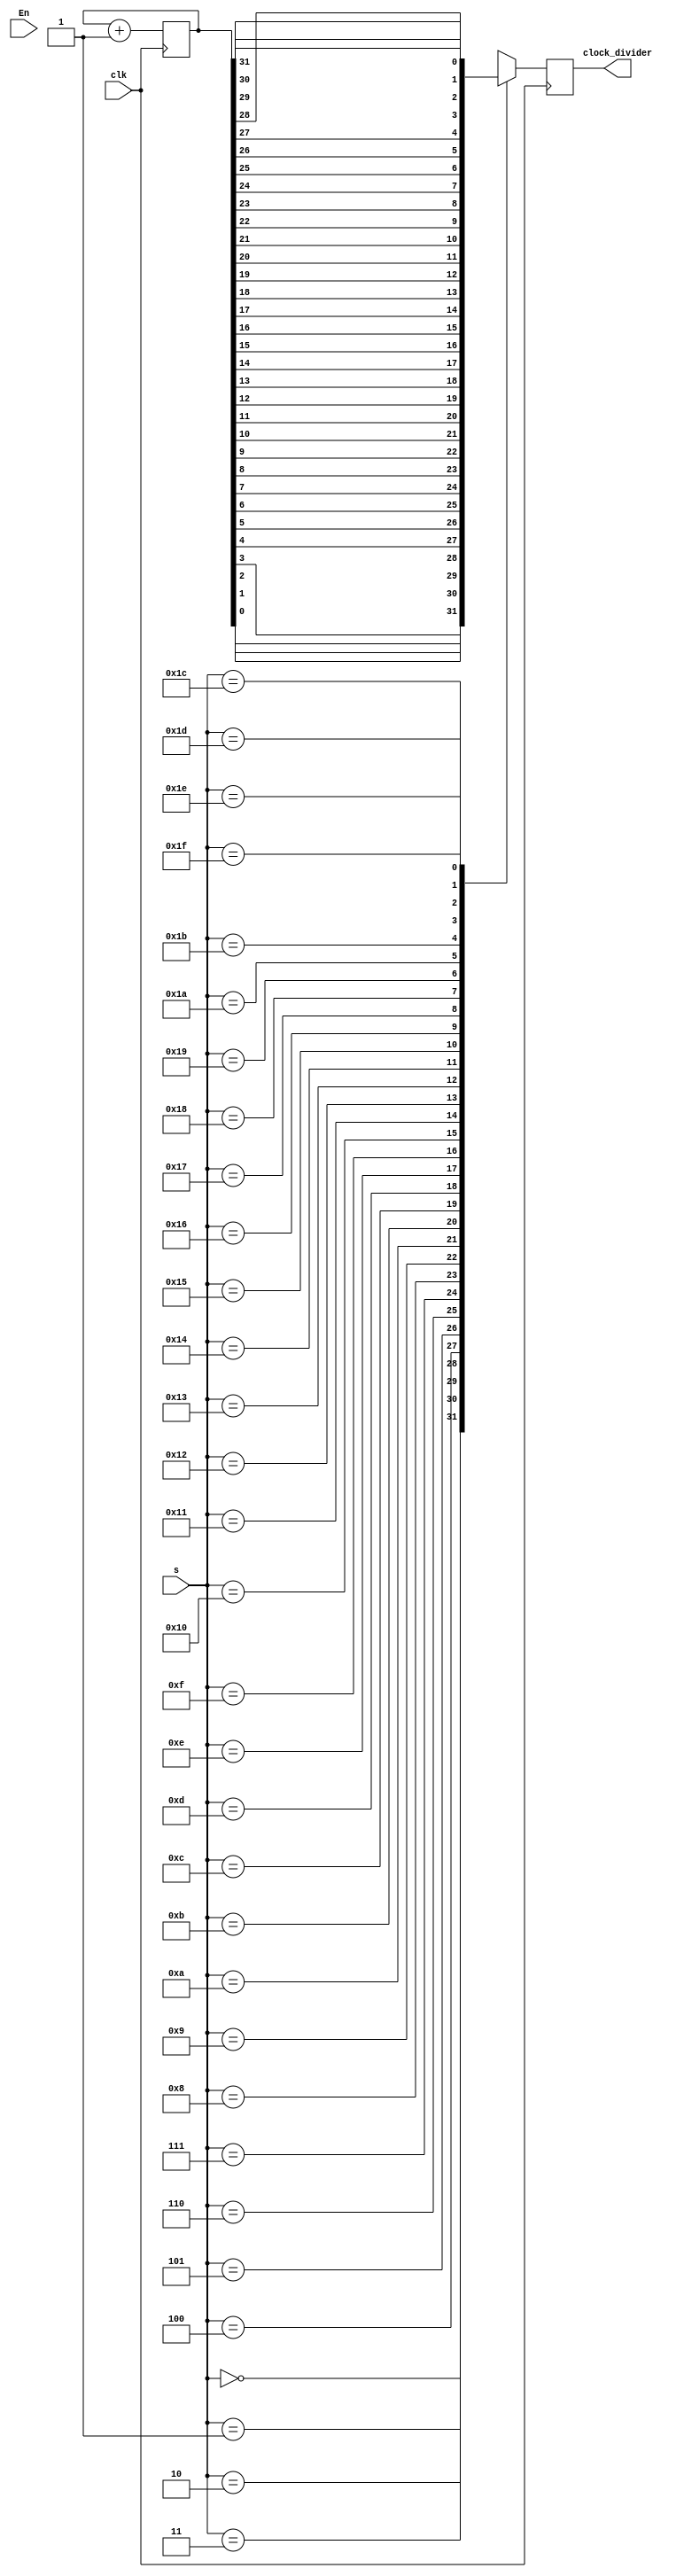
`timescale 1ns / 1ps
//////////////////////////////////////////////////////////////////////////////////
// Company: 
// Engineer: 
// 
// Design Name: 
// Module Name: clk_divider
// Project Name: 
// Target Devices: 
// Tool Versions: 
// Description: 
// 
// Dependencies: 
// 
// Revision:
// Revision 0.01 - File Created
// Additional Comments:
// 
//////////////////////////////////////////////////////////////////////////////////


module clk_divider
    //#(parameter SWITCH=5, parameter N=2**SWITCH)
        
        (
        input clk,
        //input rst,
        input En,
        input [4:0] s,
        output reg clock_divider //output
        );
        
        wire [31:0] w;
        reg [31:0] tmp;
        
        always@(posedge clk)
        begin
            tmp <= tmp+1;
            
            case(s)
                        5'b00000 : clock_divider = w[0];
                        5'b00001 : clock_divider = w[1];
                        5'b00010 : clock_divider = w[2];
                        5'b00011 : clock_divider = w[3];
                        5'b00100 : clock_divider = w[4];
                        5'b00101 : clock_divider = w[5];
                        5'b00110 : clock_divider = w[6];
                        5'b00111 : clock_divider = w[7];
                        5'b01000 : clock_divider = w[8];
                        5'b01001 : clock_divider = w[9];
                        5'b01010 : clock_divider = w[10];
                        5'b01011 : clock_divider = w[11];
                        5'b01100 : clock_divider = w[12];
                        5'b01101 : clock_divider = w[13];
                        5'b01110 : clock_divider = w[14];
                        5'b01111 : clock_divider = w[15];
                        5'b10000 : clock_divider = w[16];
                        5'b10001 : clock_divider = w[17];
                        5'b10010 : clock_divider = w[18];
                        5'b10011 : clock_divider = w[19];
                        5'b10100 : clock_divider = w[20];
                        5'b10101 : clock_divider = w[21];
                        5'b10110 : clock_divider = w[22];
                        5'b10111 : clock_divider = w[23];
                        5'b11000 : clock_divider = w[24];
                        5'b11001 : clock_divider = w[25];
                        5'b11010 : clock_divider = w[26];
                        5'b11011 : clock_divider = w[27];
                        5'b11100 : clock_divider = w[28];
                        5'b11101 : clock_divider = w[29];
                        5'b11110 : clock_divider = w[30];
                        5'b11111 : clock_divider = w[31];
                        endcase
        end
        assign w = tmp;
                       
            
    

   
endmodule